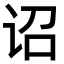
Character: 诏